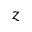
z